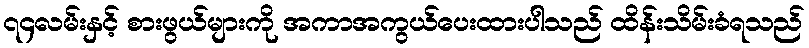
၇၄လမ်းနှင့် စားဖွယ်များကို အကာအကွယ်ပေးထားပါသည် ထိန်းသိမ်းခံရသည်